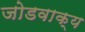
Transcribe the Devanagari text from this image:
जोडवाक्य